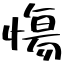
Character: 慯